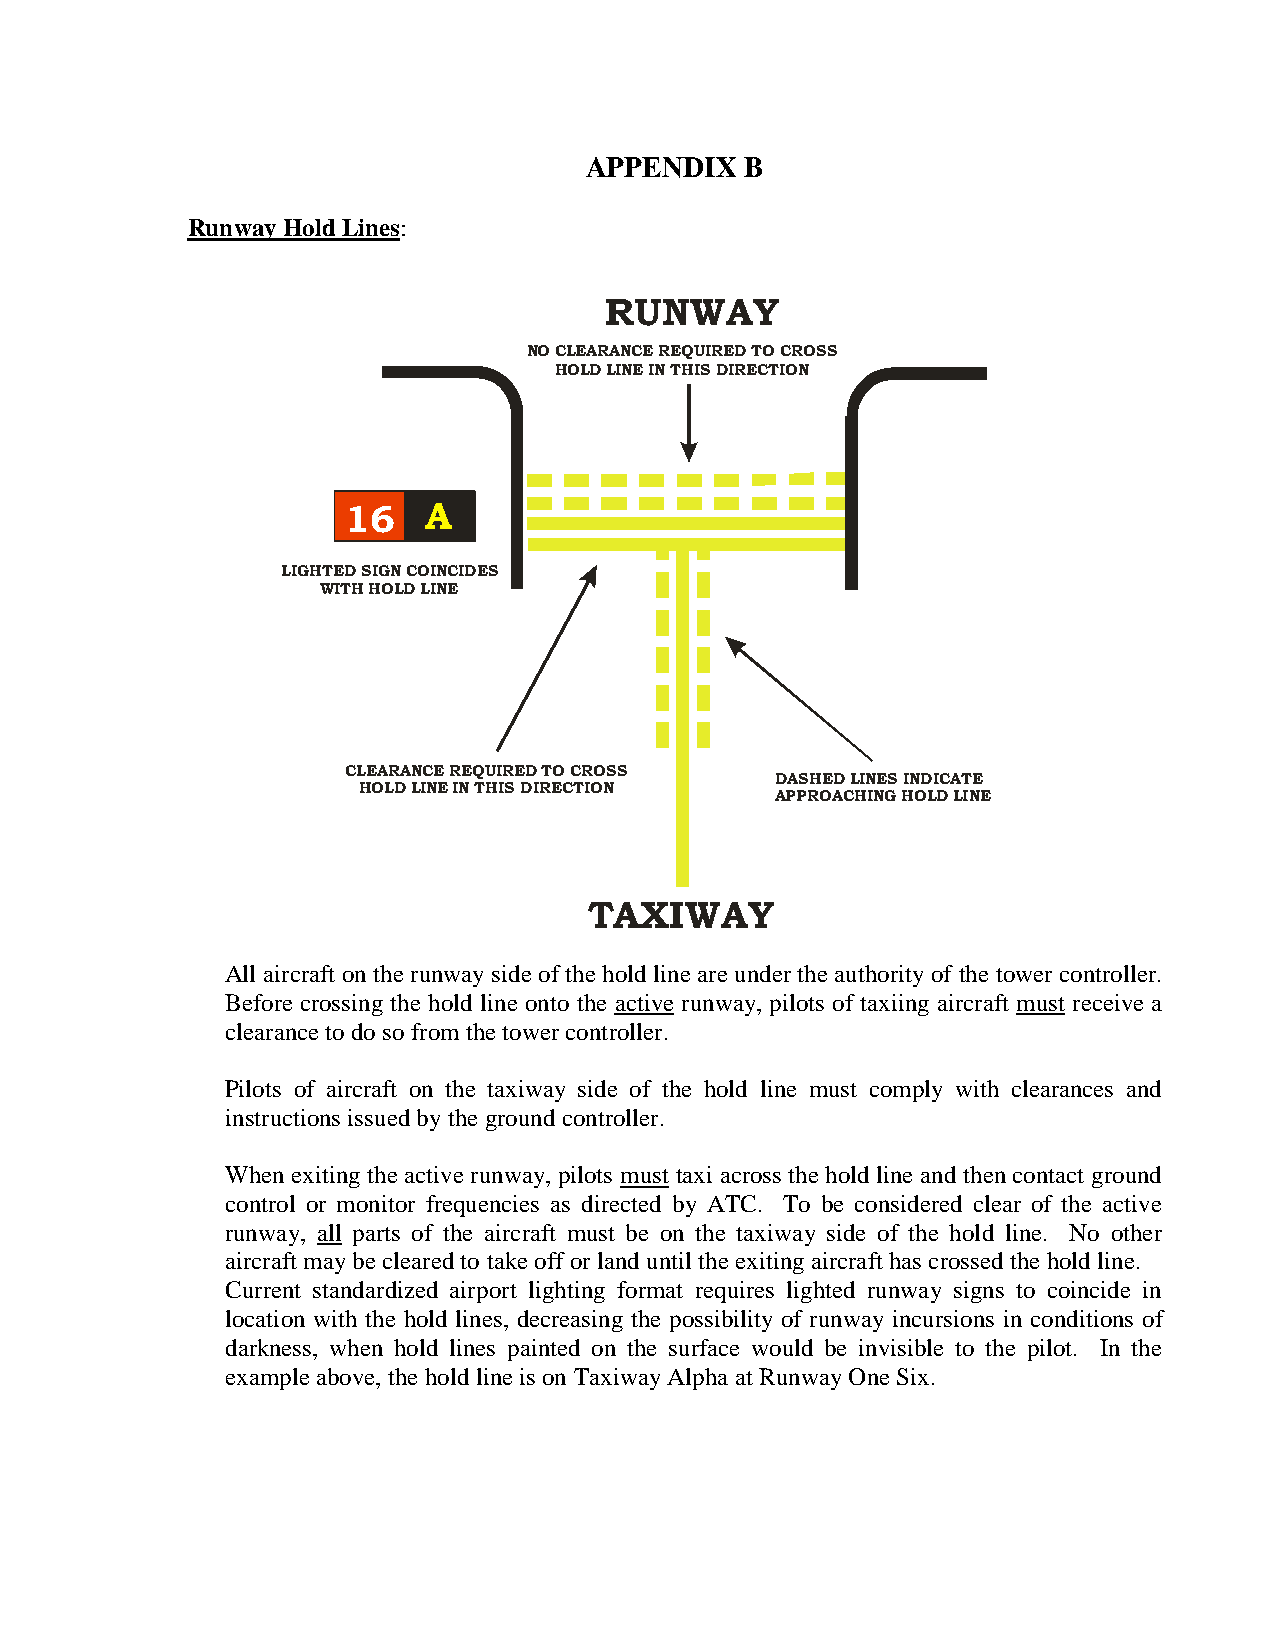
APPENDIX  B
 Runway Hold Lines:
 RUNWAY
 NO CLEARANCE REQUIRED TO CROSS
 HOLD LINE IN THIS DIRECTION
 16   A
 LIGHTED SIGN COINCIDES
 WITH HOLD LINE
 CLEARANCE REQUIRED TO CROSS
 DASHED LINES INDICATE
 HOLD LINE IN THIS DIRECTION
 APPROACHING HOLD LINE
 TAXIWAY
 All aircraft on the runway side of the hold line are under the authority of the tower controller.
 Before crossing the hold line onto the active runway, pilots of taxiing aircraft must receive a
 clearance to do so from the tower controller.
 Pilots of aircraft on the taxiway side of the hold line must comply with clearances and
 instructions issued by the ground controller.
 When exiting the active runway, pilots must taxi across the hold line and then contact ground
 control or monitor frequencies as directed by ATC. To be considered clear of the active
 runway, all parts of the aircraft must be on the taxiway side of the hold line. No other
 aircraft may be cleared to take off or land until the exiting aircraft has crossed the hold line.
 Current standardized airport lighting format requires lighted runway signs to coincide in
 location with the hold lines, decreasing the possibility of runway incursions in conditions of
 darkness, when hold lines painted on the surface would be invisible to the pilot. In the
 example above, the hold line is on Taxiway Alpha at Runway One Six.